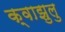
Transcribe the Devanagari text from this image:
क्वाझुलु